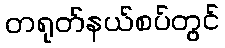
တရုတ်နယ်စပ်တွင်